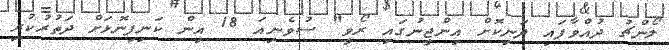
ލޯންޗު ދުއްވާފައި ދަނިކޮށް އިންޖީނުގައި ރޯވީ" ސުވެނިއަ 18 އިން ކަނިފިނޮޅަށް ދަތުރުކުރި